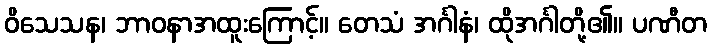
ဝိသေသန၊ ဘာဝနာအထူးကြောင့်။ တေသံ အင်္ဂါနံ၊ ထိုအင်္ဂါတို့၏။ ပဏီတ